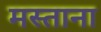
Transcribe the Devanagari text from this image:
मस्‍ताना